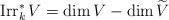
LaTeX: \begin{align*}\operatorname{Irr}_{k}^{\ast}V=\dim V-\dim\widetilde{V}\end{align*}